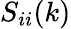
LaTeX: S_{ii}(k)